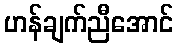
ဟန်ချက်ညီအောင်